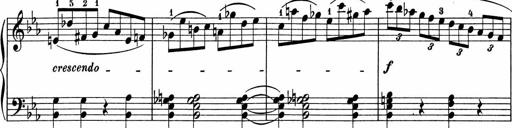
Title: 5 Sonatinen fÃ¼r die Jugend
Composer: Carl Reinecke